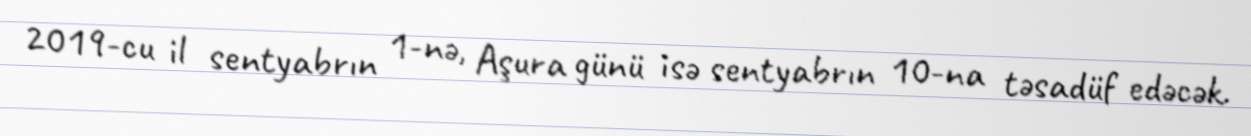
2019-cu il sentyabrın 1-nə, Aşura günü isə sentyabrın 10-na təsadüf edəcək.